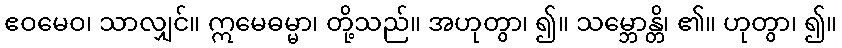
ဧဝမေဝ၊ သာလျှင်။ ဣမေဓမ္မာ၊ တို့သည်။ အဟုတွာ၊ ၍။ သမ္ဘောန္တိ၊ ၏။ ဟုတွာ၊ ၍။